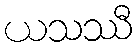
ယသဿီ